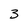
Character: 3